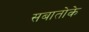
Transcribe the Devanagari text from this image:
सबातोके